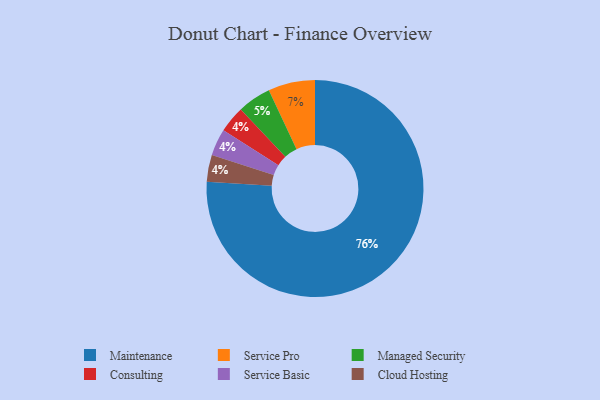
{"axis": {"x": "Category", "y": "Percentage"}, "legend": ["Cloud Hosting", "Consulting", "Maintenance", "Managed Security", "Service Basic", "Service Pro"], "data": [{"x": "Maintenance", "y": 76, "type": "Maintenance"}, {"x": "Service Pro", "y": 7, "type": "Service Pro"}, {"x": "Consulting", "y": 4, "type": "Consulting"}, {"x": "Managed Security", "y": 5, "type": "Managed Security"}, {"x": "Service Basic", "y": 4, "type": "Service Basic"}, {"x": "Cloud Hosting", "y": 4, "type": "Cloud Hosting"}]}